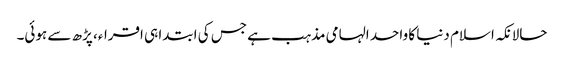
حالانکہ اسلام دنیا کا واحد الہامی مذہب ہے جس کی ابتدا ہی اقراء، پڑھ سے ہوئی۔